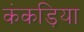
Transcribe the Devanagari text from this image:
कंकड़िया